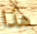
هذا